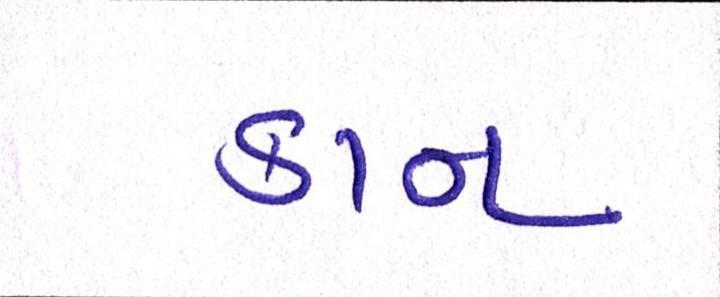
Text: કાન